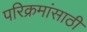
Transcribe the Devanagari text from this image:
परिक्रमांसाठी